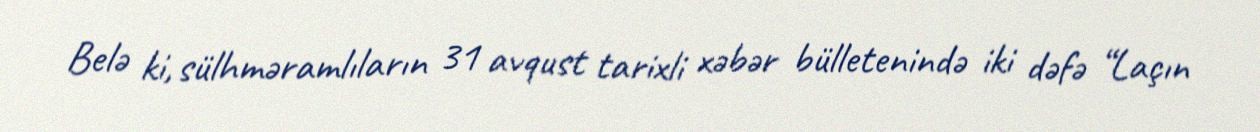
Belə ki, sülhməramlıların 31 avqust tarixli xəbər bülletenində iki dəfə “Laçın